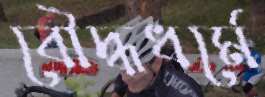
বৌদ্ধধর্মে